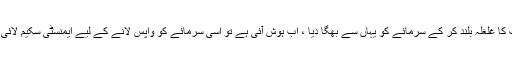
پہلے احتساب کا غلغلہ بلند کر کے سرمائے کو یہاں سے بھگا دیا ، اب ہوش آئی ہے تو اسی سرمائے کو واپس لانے کے لیے ایمنسٹی سکیم لائی جا رہی ہے۔